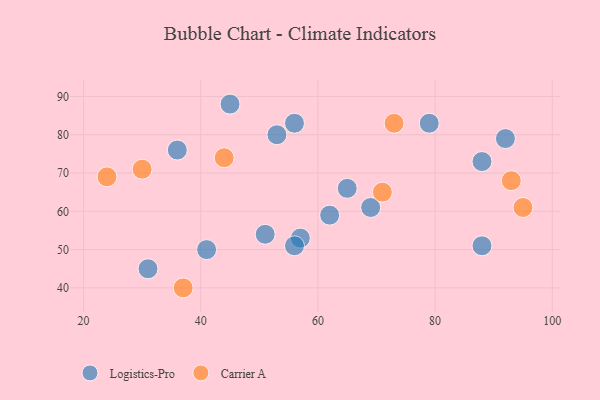
{"axis": {"x": "GDP", "y": "Life Expectancy"}, "legend": ["Carrier A", "Logistics-Pro"], "data": [{"x": "57", "y": 53, "type": "Logistics-Pro"}, {"x": "88", "y": 51, "type": "Logistics-Pro"}, {"x": "45", "y": 88, "type": "Logistics-Pro"}, {"x": "36", "y": 76, "type": "Logistics-Pro"}, {"x": "53", "y": 80, "type": "Logistics-Pro"}, {"x": "56", "y": 83, "type": "Logistics-Pro"}, {"x": "65", "y": 66, "type": "Logistics-Pro"}, {"x": "79", "y": 83, "type": "Logistics-Pro"}, {"x": "92", "y": 79, "type": "Logistics-Pro"}, {"x": "31", "y": 45, "type": "Logistics-Pro"}, {"x": "56", "y": 51, "type": "Logistics-Pro"}, {"x": "69", "y": 61, "type": "Logistics-Pro"}, {"x": "41", "y": 50, "type": "Logistics-Pro"}, {"x": "62", "y": 59, "type": "Logistics-Pro"}, {"x": "51", "y": 54, "type": "Logistics-Pro"}, {"x": "88", "y": 73, "type": "Logistics-Pro"}, {"x": "30", "y": 71, "type": "Carrier A"}, {"x": "71", "y": 65, "type": "Carrier A"}, {"x": "24", "y": 69, "type": "Carrier A"}, {"x": "95", "y": 61, "type": "Carrier A"}, {"x": "73", "y": 83, "type": "Carrier A"}, {"x": "93", "y": 68, "type": "Carrier A"}, {"x": "44", "y": 74, "type": "Carrier A"}, {"x": "37", "y": 40, "type": "Carrier A"}]}